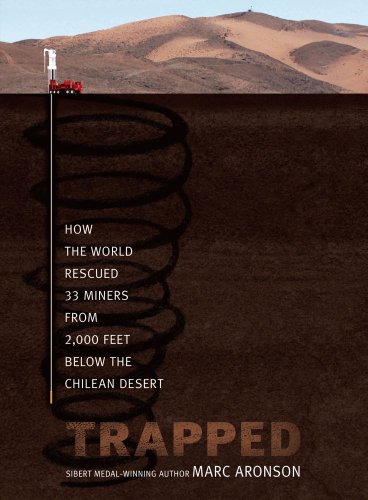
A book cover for Trapped: How the World Rescued 33 Miners from 2,000 Feet Below the Chilean Desert; Marc Aronson; Children's Books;